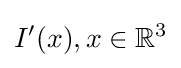
I^{\prime }(x),x\in {\mathbb {R} }^{3}